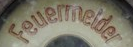
Feuerrneider